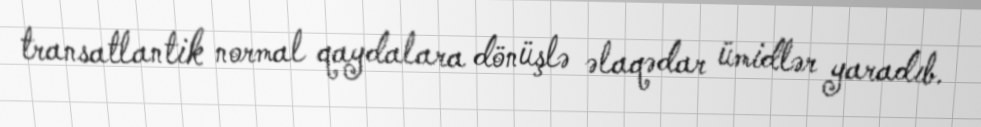
transatlantik normal qaydalara dönüşlə əlaqədar ümidlər yaradıb.